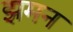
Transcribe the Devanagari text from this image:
झमन